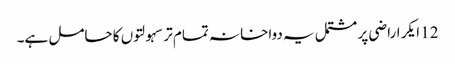
12 ایکر اراضی پر مشتمل یہ دواخانہ تمام تر سہولتوں کا حامل ہے۔